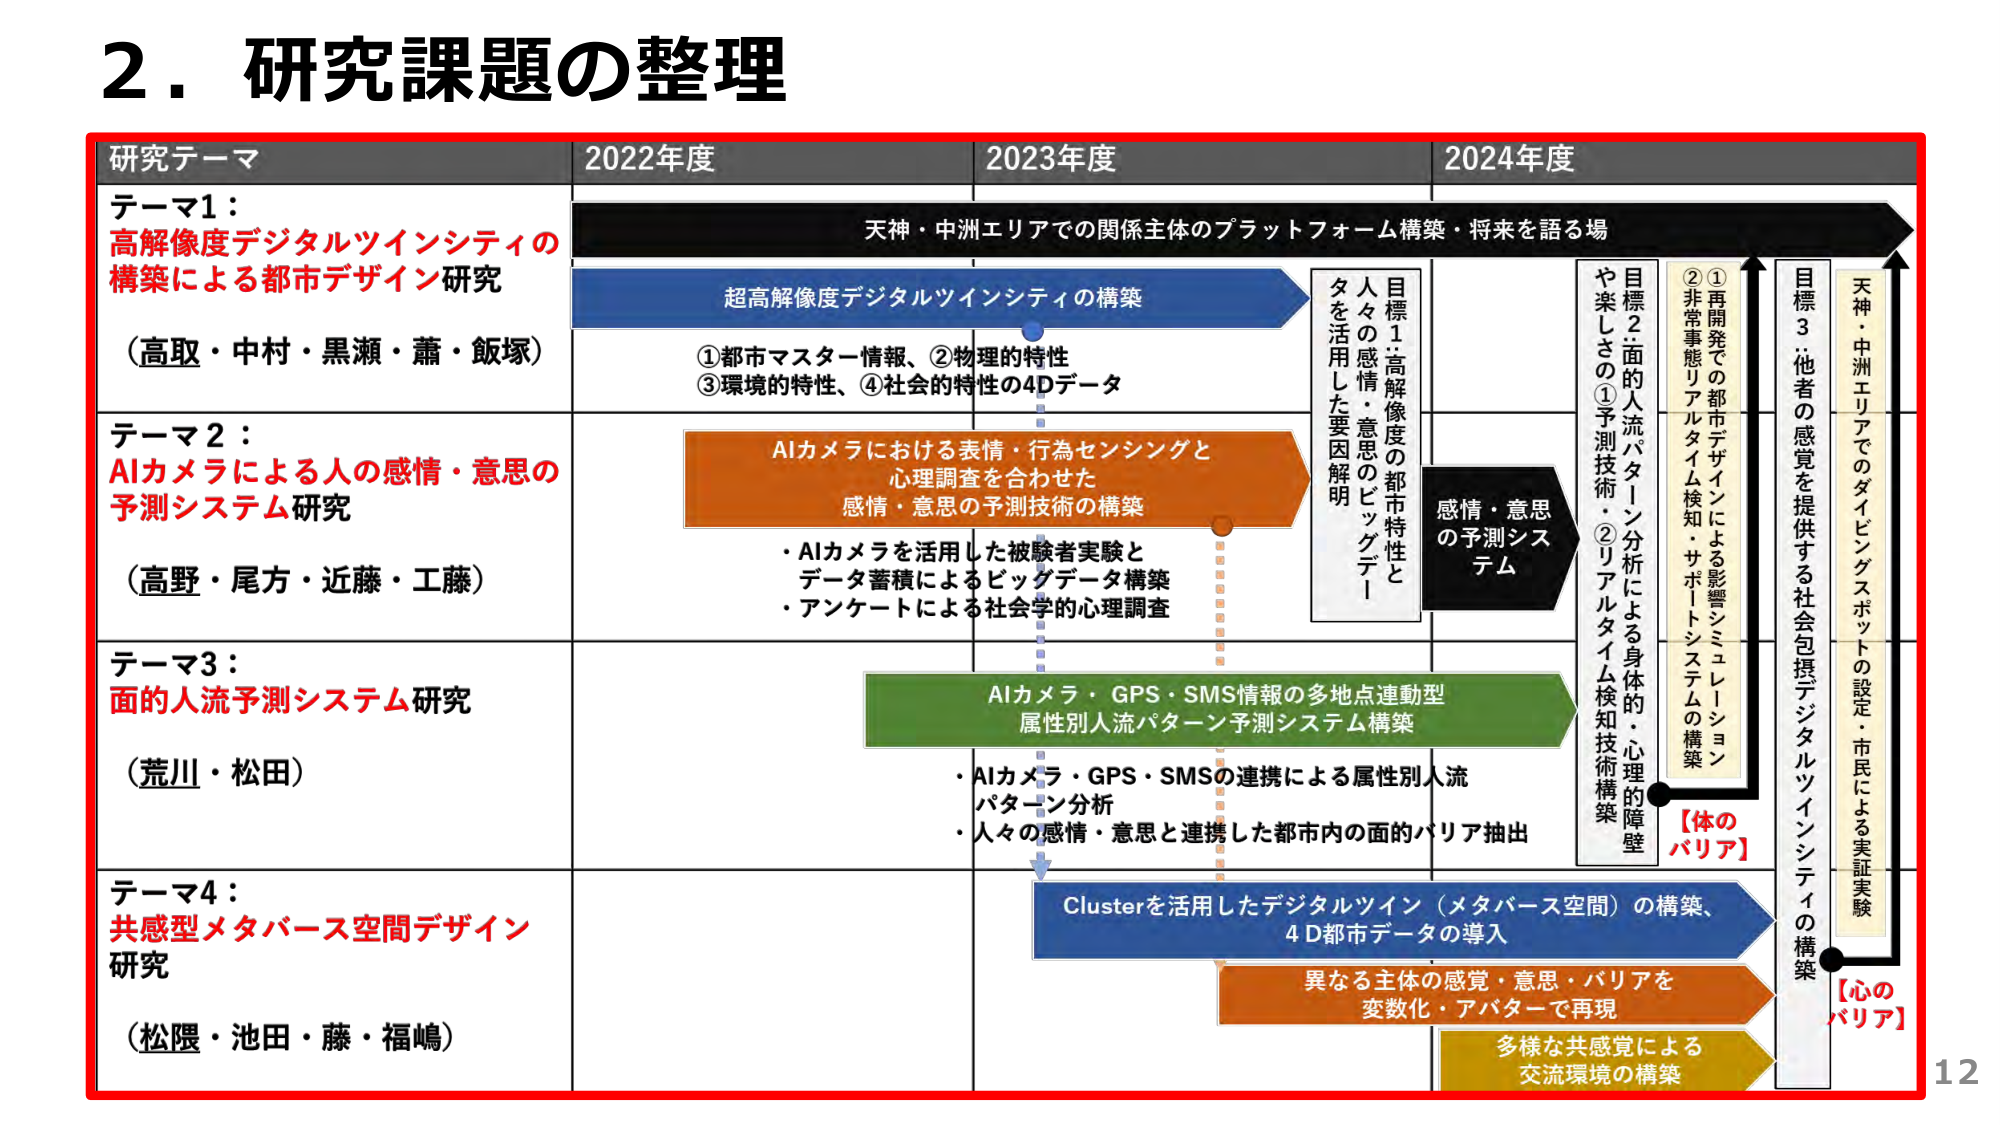
2．研究課題の整理

研究テーマ 2022年度 2023年度 2024年度

テーマ1：
高解像度デジタルツインシティの
構築による都市デザイン研究
（高取・中村・黒瀬・蕭・飯塚）

テーマ2：
AIカメラによる人の感情・意思の
予測システム研究
（高野・尾方・近藤・工藤）

テーマ3：
面的人流予測システム研究
（荒川・松田）

テーマ4：
共感型メタバース空間デザイン
研究
（松隈・池田・藤・福嶋）

天神・中洲エリアでの関係主体のプラットフォーム構築・将来を語る場

超高解像度デジタルツインシティの構築
①都市マスター情報、②物理的特性
③環境的特性、④社会的特性の4Dデータ

AIカメラにおける表情・行為センシングと
心理調査を合わせた
感情・意思の予測技術の構築
・AIカメラを活用した被験者実験と
データ蓄積によるビッグデータ構築
・アンケートによる社会学的心理調査

AIカメラ・GPS・SMS情報の多地点連動型
属性别人流パターン予測システム構築
・AIカメラ・GPS・SMSの連携による属性别人流
パターン分析
・人々の感情・意思と連携した都市内の面的バリア抽出

Clusterを活用したデジタルツイン（メタバース空間）の構築、
4D都市データの導入
異なる主体の感覚・意思・バリアを
変数化・アバターで再現
多様な共感覚による
交流環境の構築

目標1：高解像度の都市特性と
人々の感情・意思のビッグデータ
を活用した要因解明

目標2：面的人流パターン分析による身体的・心理的障壁
①予測技術・②リアルタイム検知技術構築

目標3：他者の感覚を提供する社会包摂デジタルツインシティの構築
①再開発での都市デザインによる影響シミュレーション
②非常事態リアルタイム検知・サポートシステムの構築

天神・中洲エリアでのダイビングスポットの設定・市民による実証実験

【体のバリア】
【心のバリア】

12